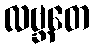
လဗ္ဘတေ